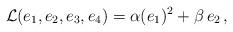
LaTeX: \begin{align*}\mathcal{L}(e_1,e_2,e_3,e_4)=\alpha(e_1)^2+\beta\,e_2\,,\end{align*}